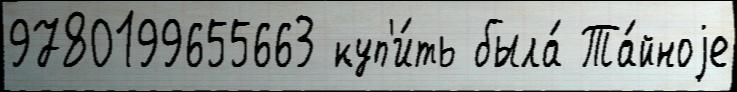
9780199655663 куп'и́ть была́ Та́йноjе